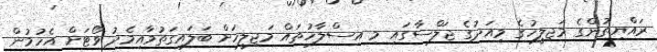
ރައްޔިތުންގެ މަޖިލީހުގެ މިއަދުގެ ޖަލްސާގައި މި އިސްލާހުތައް މަޖިލީހަށް ބަލައިގަތުމާއިމެދު ވޯޓަށް އެހުމުން